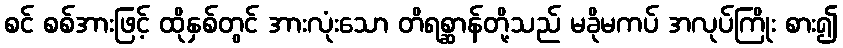
စင် စစ်အားဖြင့် ထိုနှစ်တွင် အားလုံးသော တိရစ္ဆာန်တို့သည် မခိုမကပ် အလုပ်ကြိုး စား၍